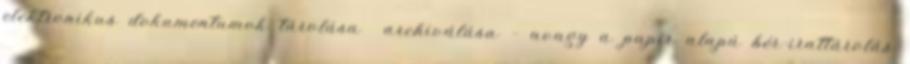
elektronikus dokumentumok tárolása archiválása – avagy a papír alapú bér-irattárolás